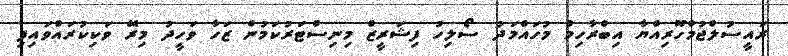
ރައީސުލްޖުމްހޫރިއްޔާ އިބްރާހިމް މުހައްމަދު ސޯލިހު ފިޝަރީޒް މިނިސްޓަރުކަމުން ޒަހާ ވަހީދު މިރޭ ވަކިކުރައްވައިފި